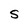
Character: S